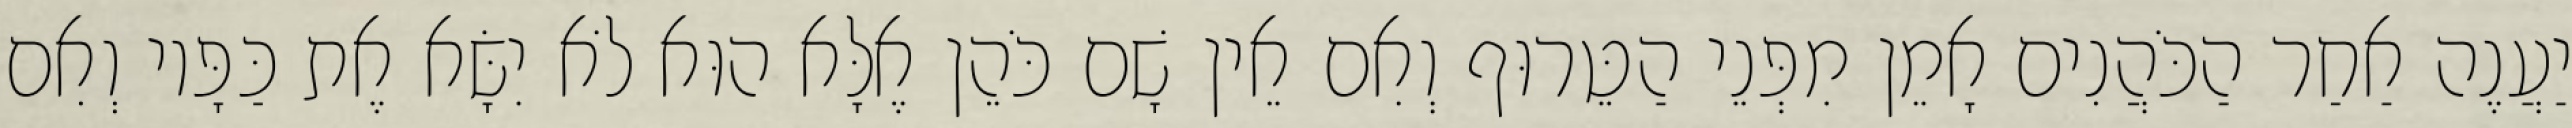
יַעֲנֶה אַחַר הַכֹּהֲנִים אָמֵן מִפְּנֵי הַטֵּרוּף וְאִם אֵין שָׁם כֹּהֵן אֶלָּא הוּא לֹא יִשָּׂא אֶת כַּפָּיו וְאִם